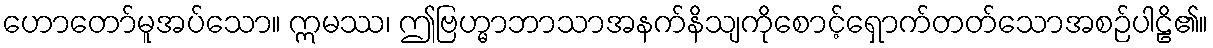
ဟောတော်မူအပ်သော။ ဣမဿ၊ ဤဗြဟ္မာဘာသာအနက်နိသျကိုစောင့်ရှောက်တတ်သောအစဉ်ပါဠိ၏။